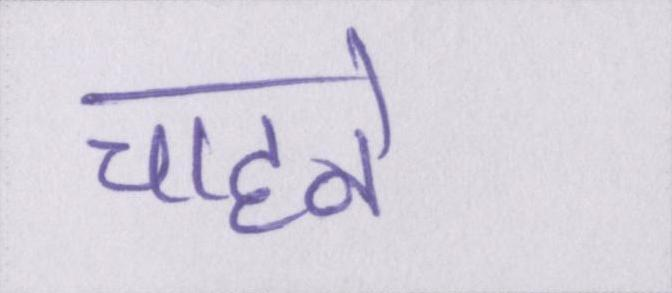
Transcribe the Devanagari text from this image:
चाहने